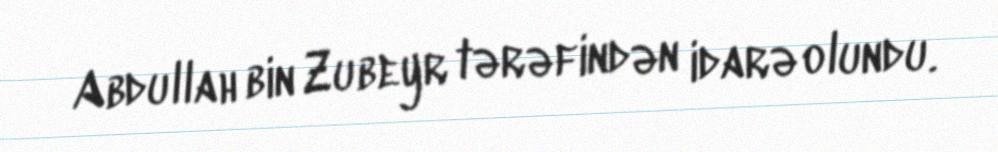
Abdullah bin Zubeyr tərəfindən idarə olundu.